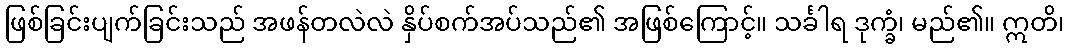
ဖြစ်ခြင်းပျက်ခြင်းသည် အဖန်တလဲလဲ နှိပ်စက်အပ်သည်၏ အဖြစ်ကြောင့်။ သင်္ခါရ ဒုက္ခံ၊ မည်၏။ ဣတိ၊